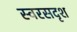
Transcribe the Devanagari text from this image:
स्वरसदृश